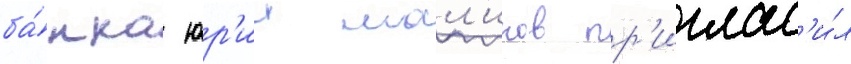
ба́нка юр'ии мал'иков пр'иглас'и́л